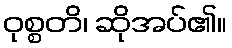
ဝုစ္စတိ၊ ဆိုအပ်၏။